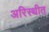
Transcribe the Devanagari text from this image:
अरिस्थीत